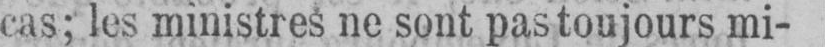
cas; les ministres ne sont pas toujours mi-